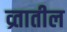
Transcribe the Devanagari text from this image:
व्र्तातील